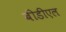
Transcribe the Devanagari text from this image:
बीडीएल